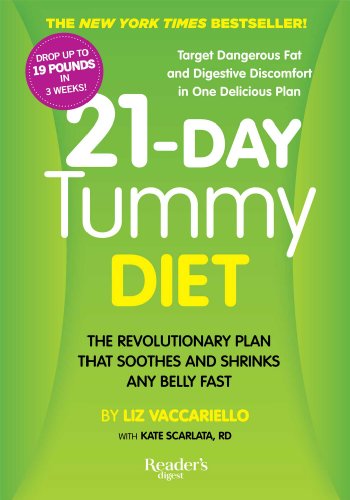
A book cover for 21-Day Tummy Diet: A Revolutionary Plan that Soothes and Shrinks Any Belly Fast; Liz Vaccariello; Health, Fitness & Dieting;